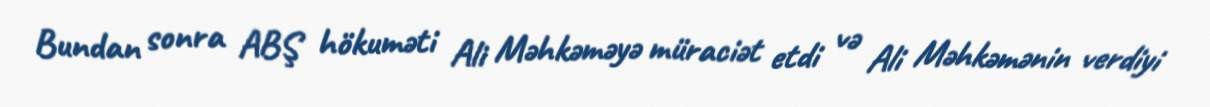
Bundan sonra ABŞ hökuməti Ali Məhkəməyə müraciət etdi və Ali Məhkəmənin verdiyi